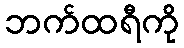
ဘက်ထရီကို